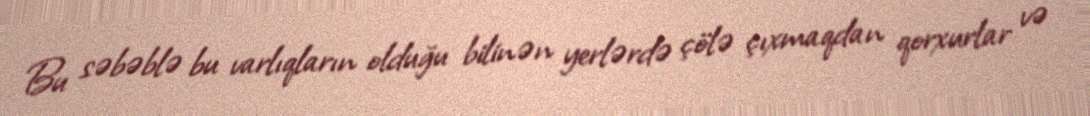
Bu səbəblə bu varlıqların olduğu bilinən yerlərdə çölə çıxmaqdan qorxurlar və